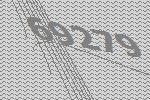
69279